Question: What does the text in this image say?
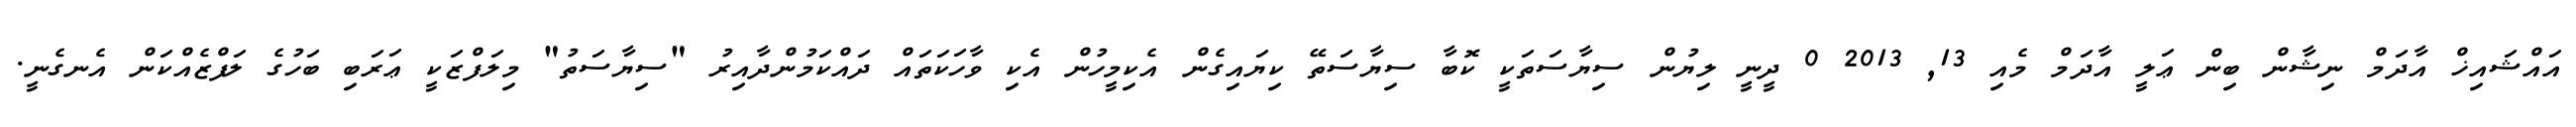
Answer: އައްޝައިޚް އާދަމް ނިޝާން ބިން ޢަލީ އާދަމް މެއި 13, 2013 0 ދީނީ ލިޔުން ސިޔާސަތަކީ ކޮބާ ސިޔާސަތޭ ކިޔައިގެން އެކިމީހުން އެކި ވާހަކަތައް ދައްކަމުންދާއިރު "ސިޔާސަތު" މިލަފްޒަކީ ޢަރަބި ބަހުގެ ލަފްޒެއްކަން އެނގެނީ.